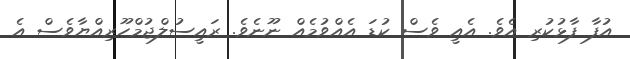
އުފާ ފާޅުކުރި އެވެ. އެއީ ވެސް ކުޑަ އެއްވުމެއް ނޫނެވެ. ރައީސުލްޖުމްހޫރިއްޔާވެސް އެ